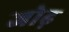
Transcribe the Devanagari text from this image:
जोढ़